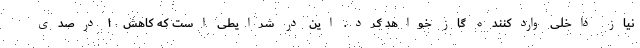
نیاز داخلی واردکننده گاز خواهد کرد. این در شرایطی است که کاهش ۱۰ درصدی